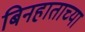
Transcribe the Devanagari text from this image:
बिनहाताच्या